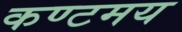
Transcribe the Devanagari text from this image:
कण्टमय